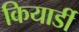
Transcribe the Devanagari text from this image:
कियार्डी